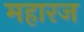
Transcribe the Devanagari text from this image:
महारज